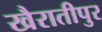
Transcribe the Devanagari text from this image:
खैरातीपुर